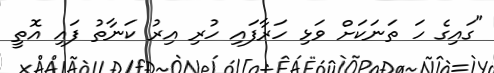
"ގައިގެ ހަ ތަނަކަށް ވަޅި ހަރާފައި ހުރި އިރު ކަނާތު ފައި އޮތީ